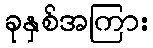
ခုနှစ်အကြား